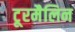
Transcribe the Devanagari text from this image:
टूरमैलिन